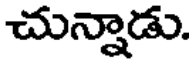
చున్నాడు.